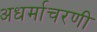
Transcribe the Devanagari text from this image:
अधर्माचरणी